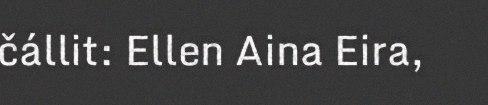
čállit: Ellen Aina Eira,